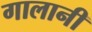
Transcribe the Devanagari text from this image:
गालानी